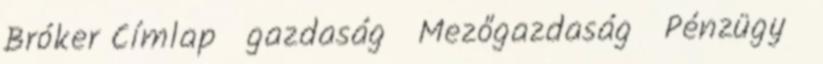
Bróker Címlap gazdaság Mezőgazdaság Pénzügy